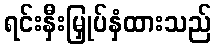
ရင်းနှီးမြှုပ်နှံထားသည်